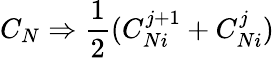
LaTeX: C_{N}\Rightarrow{\frac{1}{2}}(C_{Ni}^{j+1}+C_{Ni}^{j})